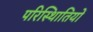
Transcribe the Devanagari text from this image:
परिस्थिातियों